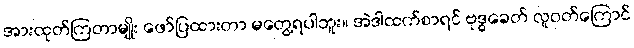
အားထုတ်ကြတာမျိုး ဖော်ပြထားတာ မတွေ့ရပါဘူး။ အဲဒါထက်စာရင် ဗုဒ္ဓခေတ် လူဝတ်ကြောင်